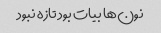
نون‌ها بیات بود تازه نبود